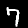
Digit: 7